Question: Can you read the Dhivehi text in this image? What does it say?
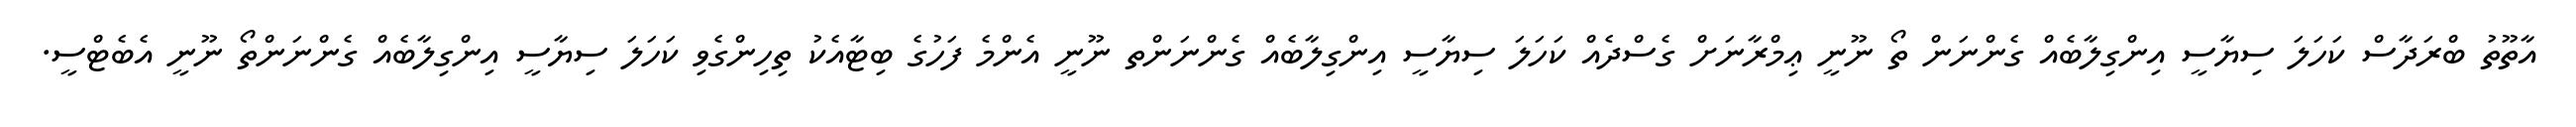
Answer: އާތޫތު ބްރަދާސް ކަހަލަ ސިޔާސީ އިންގިލާބެއް ގެންނަން ތޯ ނޫނީ ޢިމްރާނަށް ގެސްދެއް ކަހަލަ ސިޔާސީ އިންގިލާބެއް ގެންނަންތ ނޫނީ އެންމެ ފަހުގެ ބިޓާއެކު ތިހިންގެވި ކަހަލަ ސިޔާސީ އިންގިލާބެއް ގެންނަންތޯ ނޫނީ އެބެޓްސީ.